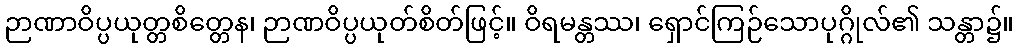
ဉာဏာဝိပ္ပယုတ္တစိတ္တေန၊ ဉာဏဝိပ္ပယုတ်စိတ်ဖြင့်။ ဝိရမန္တဿ၊ ရှောင်ကြဉ်သောပုဂ္ဂိုလ်၏ သန္တာ၌။